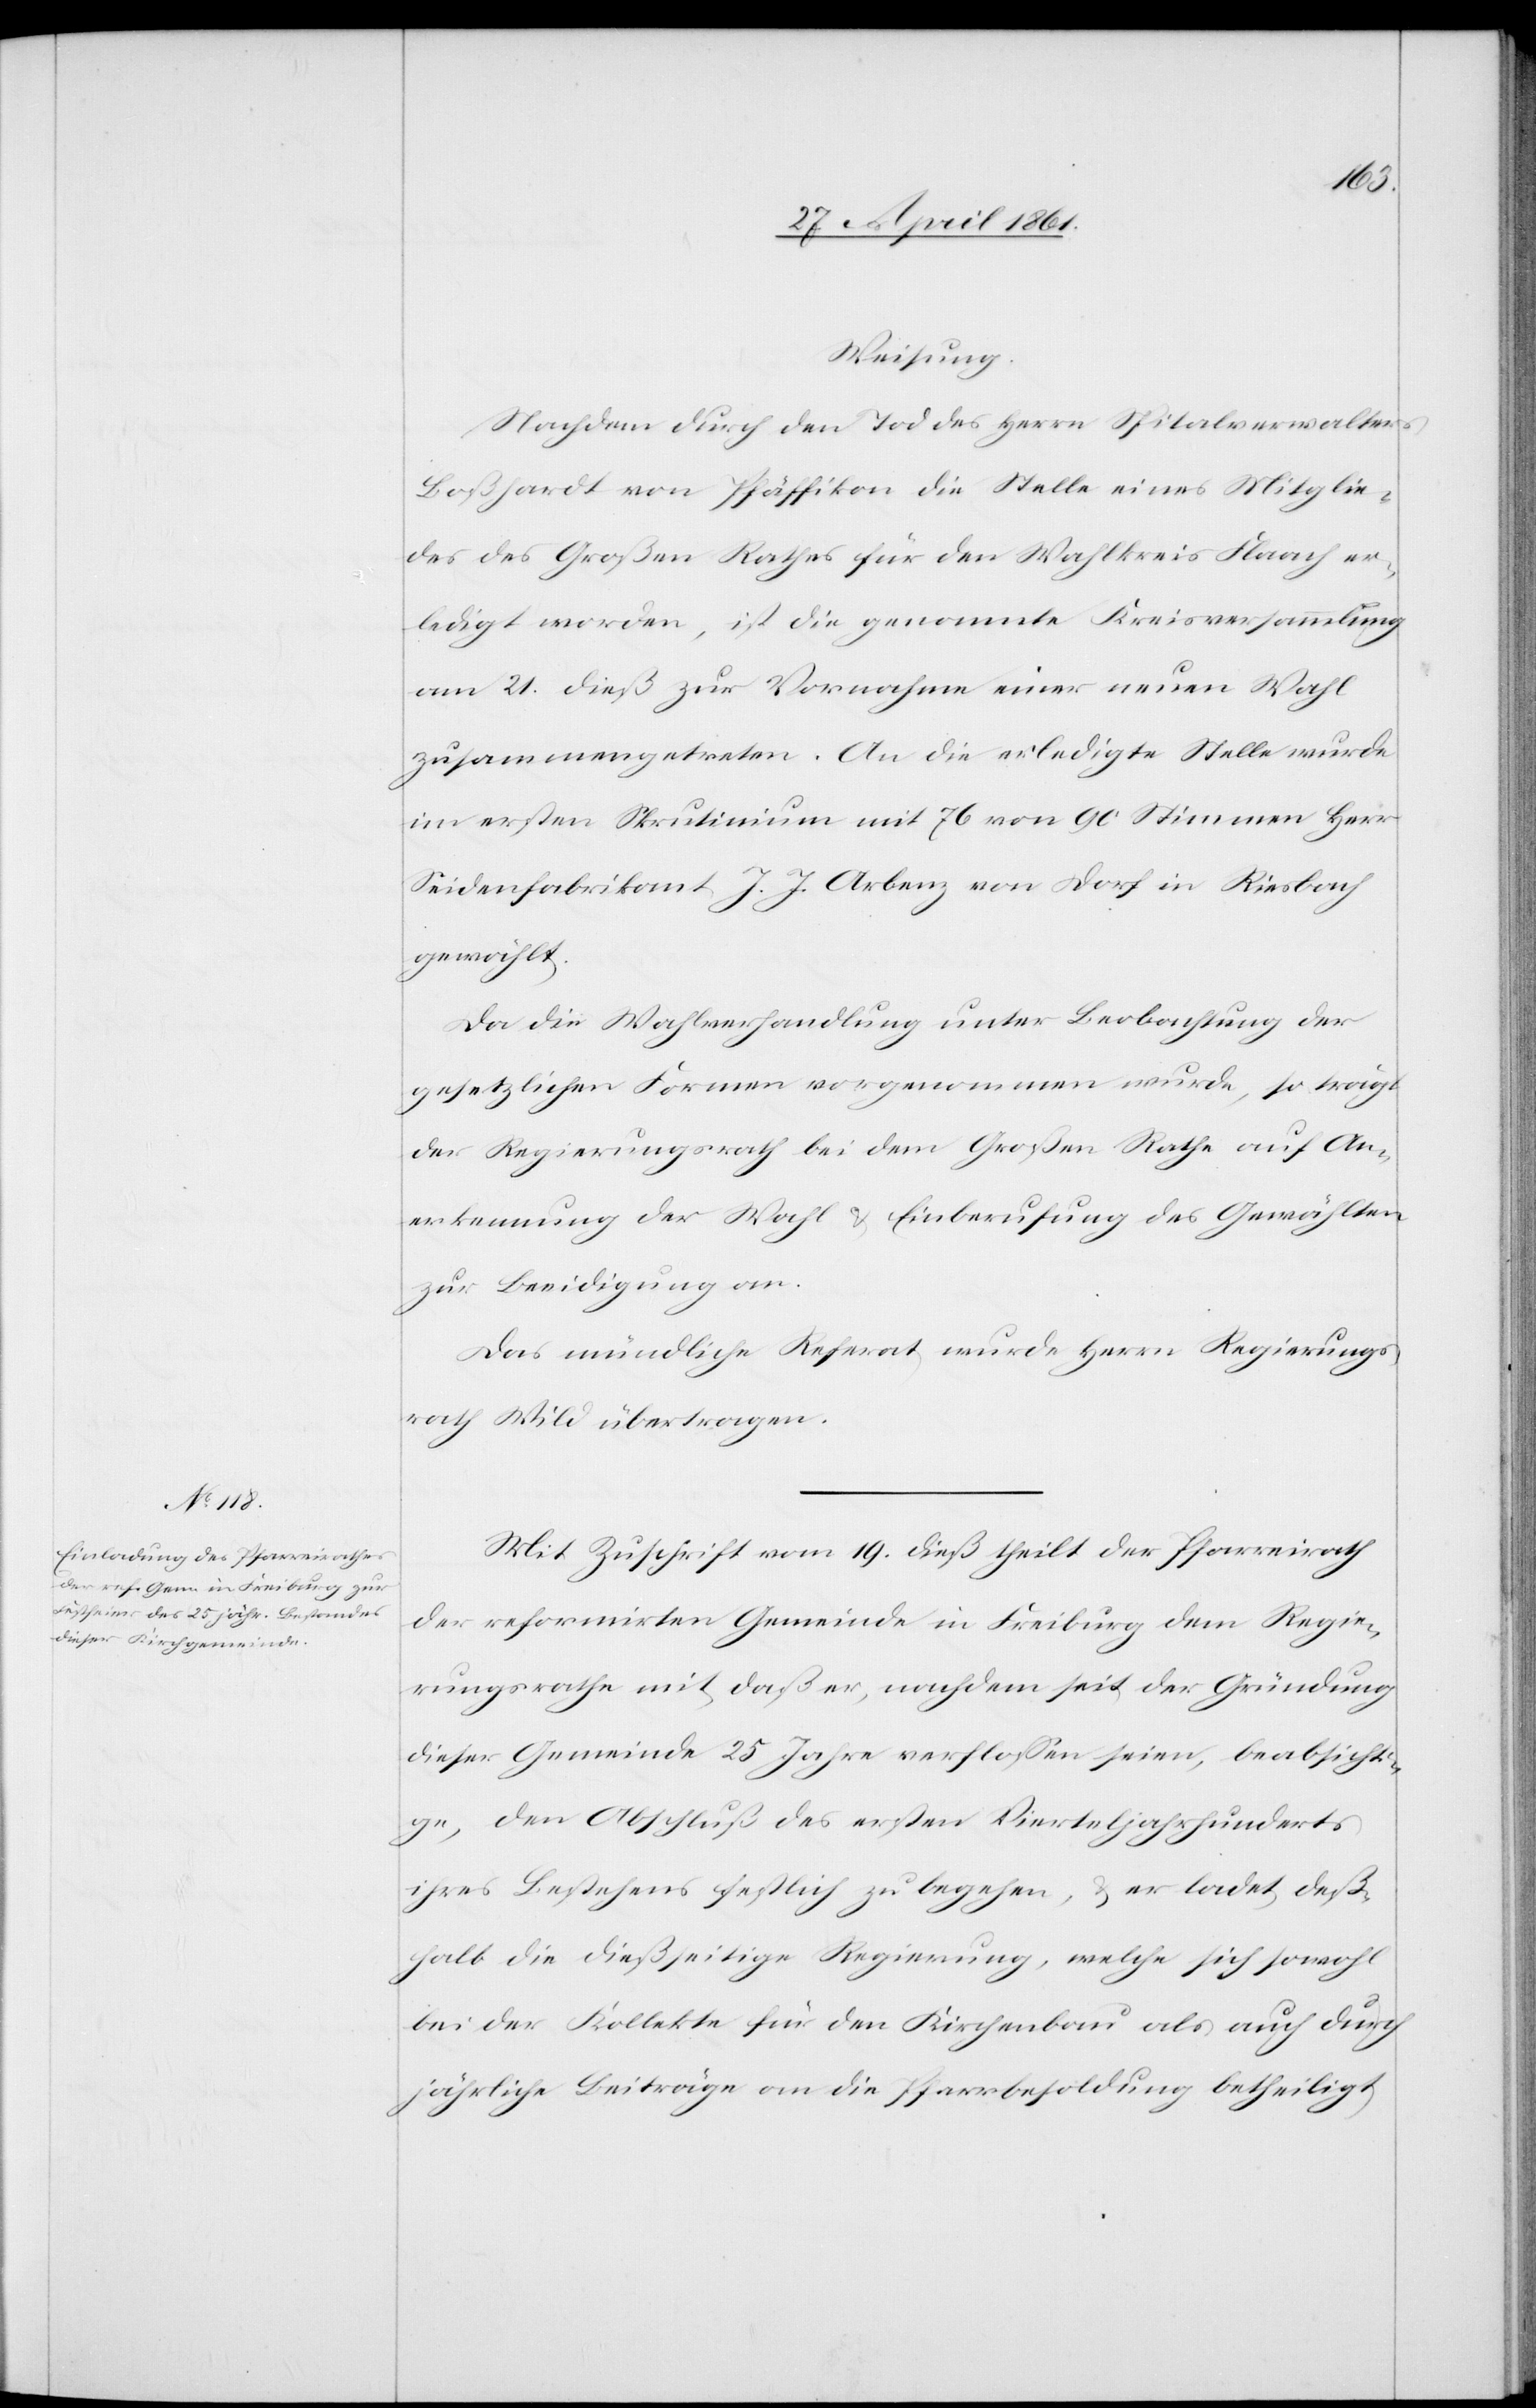
Weisung:
Nachdem durch den Tod des Herrn Spitalverwalters
Boßhardt von Pfäffikon die Stelle eines Mitglie¬
des des Großen Rathes für den Wahlkreis Flaach er¬
ledigt worden, ist die genannte Kreisversammlung
am 21. dieß zur Vornahme einer neuen Wahl
zusammengetreten. An die erledigte Stelle wurde
im ersten Skrutinium mit 76 von 90 Stimmen Herr
Seidenfabrikant J. J. Arbenz von Dorf in Riesbach
gewählt.
Da die Wahlversammlung unter Beobachtung der
gesetzlichen Formen vorgenommen wurde, so trägt
der Regierungsrath bei dem Großen Rathe auf An¬
erkennung der Wahl u. Einberufung der Gewählten
zur Beeidigung an.
Das mündliche Referat wurde Herrn Regierungs¬
rath Wild übertragen.
Mit Zuschrift vom 19. dieß theilt der Pfarreirath
der reformirten Gemeinde in Freiburg dem Regie¬
rungsrathe mit, daß er, nachdem seit der Gründung
dieser Gemeinde 25 Jahre verflossen seien, beabsichti¬
ge, den Abschluß des ersten Vierteljahrhunderts
ihres Bestehens festlich zu begehen, u. er ladet deß¬
halb die dießseitige Regierung, welche sich sowohl
bei der Kollekte für den Kirchenbau als auch durch
jährliche Beiträge an die Pfarrbesoldung betheiligt